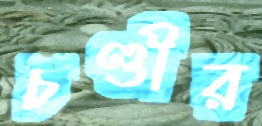
চণ্ডীর